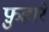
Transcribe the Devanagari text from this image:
फ़ुहारें